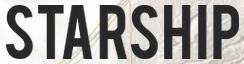
STARSHIP